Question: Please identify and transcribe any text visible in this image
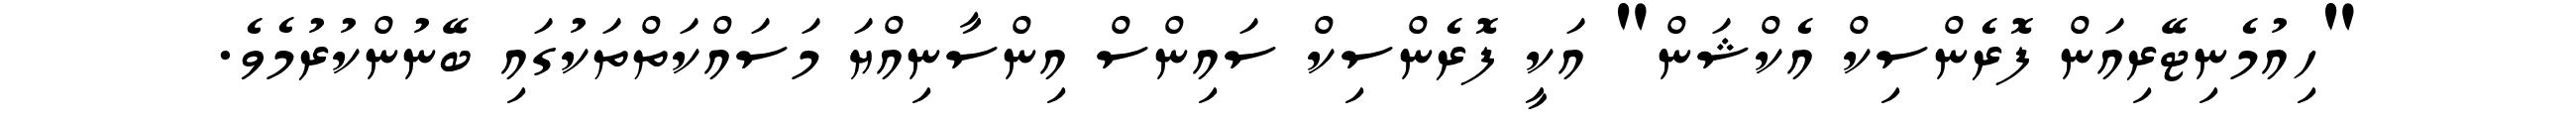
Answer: "ހިއުމެނިޓޭރިއަން ފޮރެންސިކް އެކްޝަން" އަކީ ފޮރެންސިކް ސައިންސް އިންސާނިއްޔަ މަސައްކަތްތަކުގައި ބޭނުންކުރުމެވެ.